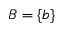
B = \{ b \}